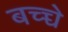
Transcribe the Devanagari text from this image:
बच्च्चे